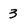
Character: 3